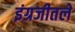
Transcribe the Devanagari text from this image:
इंग्रजीतले